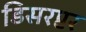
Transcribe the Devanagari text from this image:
डिसरप्टर